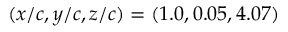
( x / c , y / c , z / c ) = ( 1 . 0 , 0 . 0 5 , 4 . 0 7 )